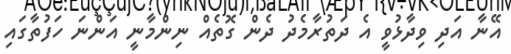
އޭނާ އަދި ވިދާޅުވީ އެ ދަތުރާމެދު ދެން ގޮތެއް ނިންމާނީ އަންނަ ހަފުތާގައި